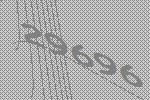
29696